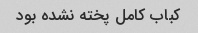
کباب کامل پخته نشده بود